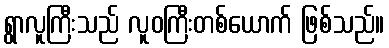
ရွာလူကြီးသည် လူဝကြီးတစ်ယောက် ဖြစ်သည်။